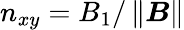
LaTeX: n_{xy}=B_{1}/\left\Vert\boldsymbol{B}\right\Vert